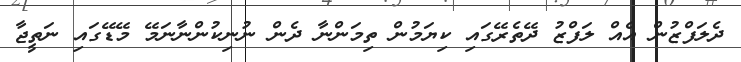
ދެލަފްޒުން އެއް ލަފްޒު ދޭތެރޭގައި ކިޔަމުން ތިމަންނާ ދެން ނުނިކުންނާނަމޭ މޭޑޭގައި ނަތީޖާ